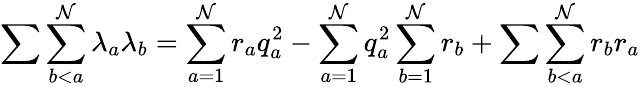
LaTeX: \sum\sum_{b<a}^{\mathcal{N}}\lambda_{a}\lambda_{b}=\sum_{a=1}^{\mathcal{N}}r_{a}q_{a}^{2}-\sum_{a=1}^{\mathcal{N}}q_{a}^{2}\sum_{b=1}^{\mathcal{N}}r_{b}+\sum\sum_{b<a}^{\mathcal{N}}r_{b}r_{a}